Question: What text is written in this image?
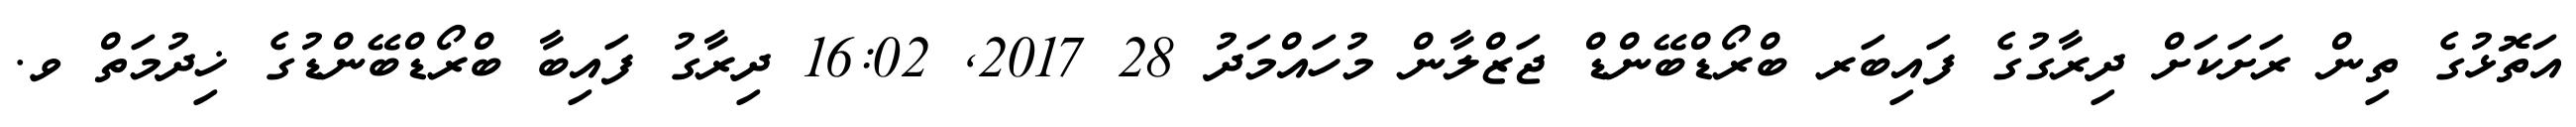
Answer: އަތޮޅުގެ ތިން ރަށަކަށް ދިރާގުގެ ފައިބަރ ބްރޯޑްބޭންޑް ޖަޒްލާން މުހައްމަދު 28 2017, 16:02 ދިރާގު ފައިބާ ބްރޯޑްބޭންޑުގެ ޚިދުމަތް ވ.